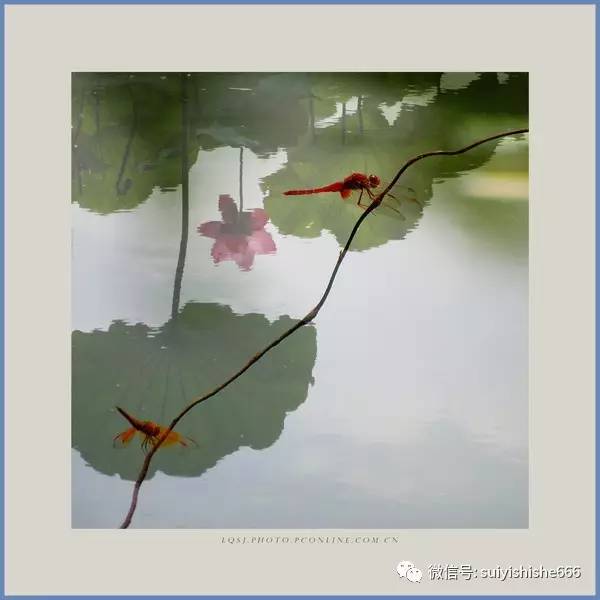
有情不管别离久。情在相逢终有。